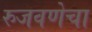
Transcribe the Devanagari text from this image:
रुजवणेचा